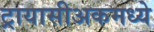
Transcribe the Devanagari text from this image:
ट्रायासीअकमध्ये